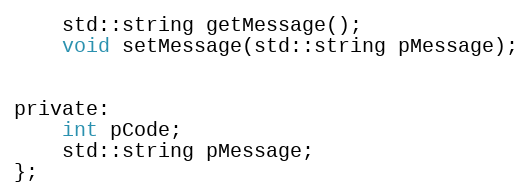
Language: C
	std::string getMessage();
	void setMessage(std::string pMessage);

private:
	int pCode;
	std::string pMessage;
};